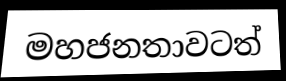
මහජනතාවටත්